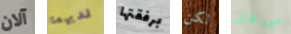
آلان لديهما برفقتها لكن مورغان